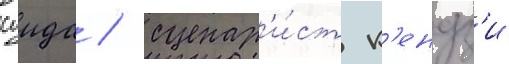
суида / сценар'и́ст к'ендз'и